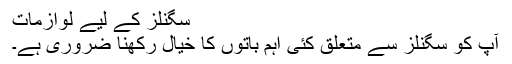
سگنلز کے لیے لوازمات
آپ کو سگنلز سے متعلق کئی اہم باتوں کا خیال رکھنا ضروری ہے۔